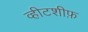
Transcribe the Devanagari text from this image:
व्हीटशीफ़